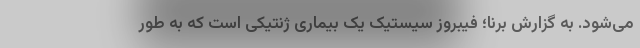
می‌شود. به گزارش برنا؛ فیبروز سیستیک یک بیماری ژنتیکی است که به طور